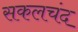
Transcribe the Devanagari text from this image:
सकलचंद